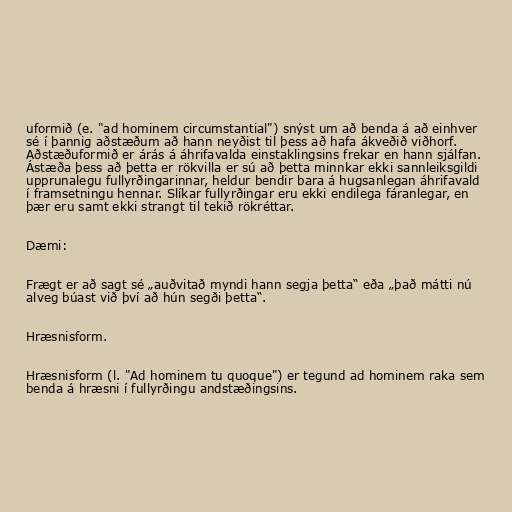
uformið (e. "ad hominem circumstantial") snýst um að benda á að einhver
sé í þannig aðstæðum að hann neyðist til þess að hafa ákveðið viðhorf.
Aðstæðuformið er árás á áhrifavalda einstaklingsins frekar en hann sjálfan.
Ástæða þess að þetta er rökvilla er sú að þetta minnkar ekki sannleiksgildi
upprunalegu fullyrðingarinnar, heldur bendir bara á hugsanlegan áhrifavald
í framsetningu hennar. Slíkar fullyrðingar eru ekki endilega fáranlegar, en
þær eru samt ekki strangt til tekið rökréttar.

Dæmi:

Frægt er að sagt sé „auðvitað myndi hann segja þetta“ eða „það mátti nú
alveg búast við því að hún segði þetta“.

Hræsnisform.

Hræsnisform (l. "Ad hominem tu quoque") er tegund ad hominem raka sem
benda á hræsni í fullyrðingu andstæðingsins.